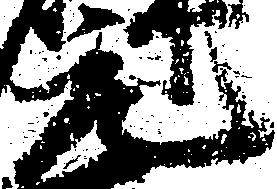
元